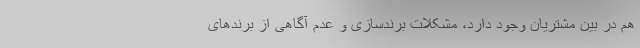
هم در بین مشتریان وجود دارد، مشکلات برندسازی و عدم آگاهی از برندهای